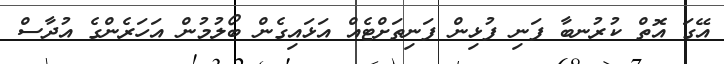
އޭގަ އޮތް ކުރުނބާ ފަނި ފުޅިން ފަނިތަށްޓެއް އަޅައިގެން ބޯލުމުން އަހަރެންގެ އުދާސް